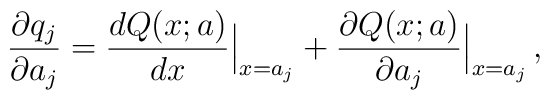
{\partial q_j\over\partial a_j} = {dQ(x;a)\over dx}\Bigr\vert_{x=a_j}+ {\partial Q(x;a)\over \partial a_j}\Bigr\vert_{x=a_j}\, ,